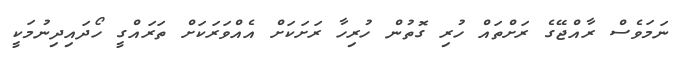
ނަމަވެސް ރާއްޖޭގެ ރަށްތައް ހުރި ގޮތުން ހުރިހާ ރަށަކަށް އެއްވަރަކަށް ތަރައްގީ ހޯދައިދިނުމަކީ